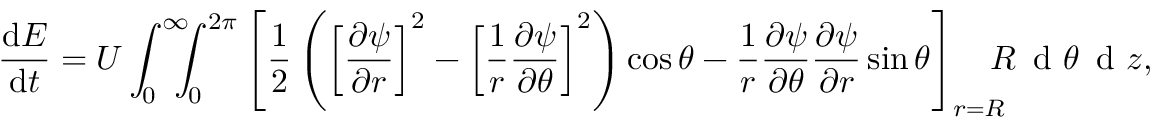
\frac { \mathrm { d } E } { \mathrm { d } t } = U \int _ { 0 } ^ { \infty } \! \! \! \! \int _ { 0 } ^ { 2 \pi } \left[ \frac { 1 } { 2 } \left( \left[ \frac { \partial \psi } { \partial r } \right] ^ { 2 } - \left[ \frac { 1 } { r } \frac { \partial \psi } { \partial \theta } \right] ^ { 2 } \right) \cos \theta - \frac { 1 } { r } \frac { \partial \psi } { \partial \theta } \frac { \partial \psi } { \partial r } \sin \theta \right] _ { r = R } \! \! \! \! R \, \textrm { d } \theta \, \textrm { d } z ,